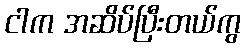
ငါက အဆိပ်ပြီးတယ်ကွ